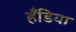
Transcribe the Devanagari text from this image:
हँडिया